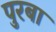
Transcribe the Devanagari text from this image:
पुरबा